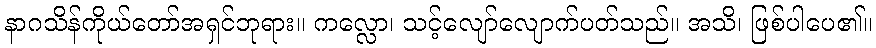
နာဂသိန်ကိုယ်တော်အရှင်ဘုရား။ ကလ္လော၊ သင့်လျော်လျောက်ပတ်သည်။ အသိ၊ ဖြစ်ပါပေ၏။